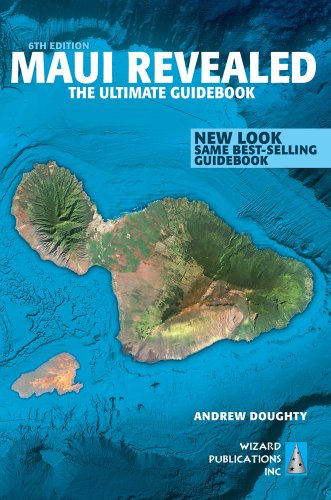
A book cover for Maui Revealed: The Ultimate Guidebook; Andrew Doughty; Travel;